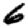
Digit: 6